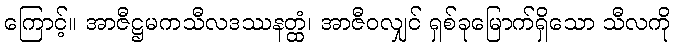
ကြောင့်။ အာဇီဋ္ဌမကသီလဒဿနတ္ထံ၊ အာဇီဝလျှင် ရှစ်ခုမြောက်ရှိသော သီလကို